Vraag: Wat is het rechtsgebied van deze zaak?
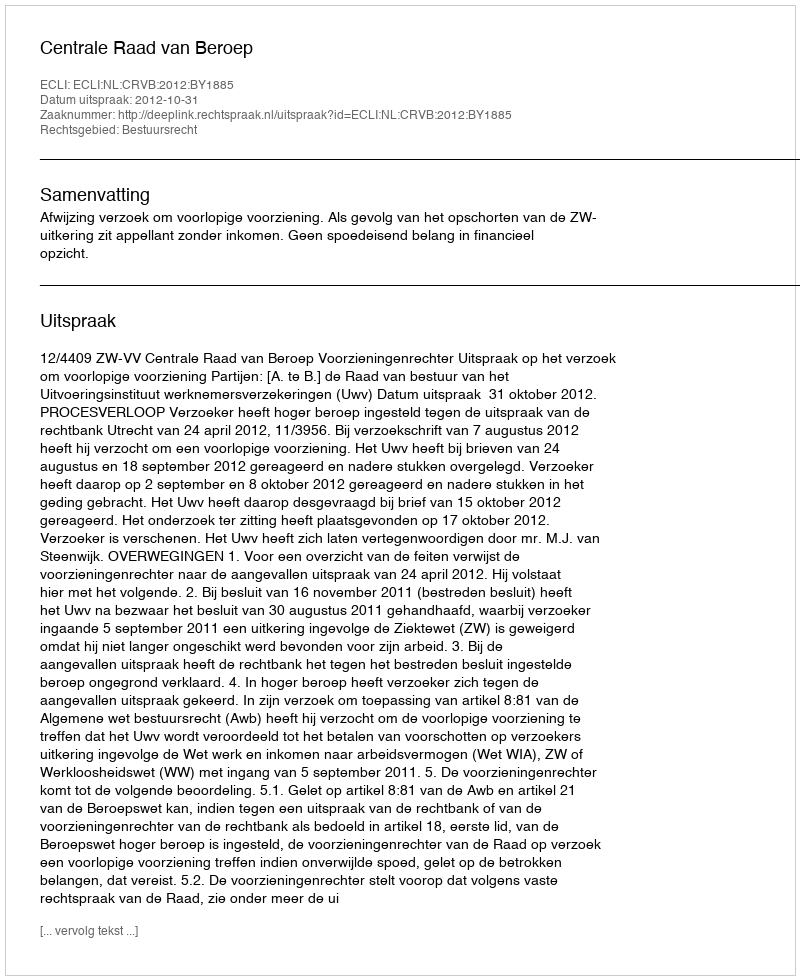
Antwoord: Bestuursrecht